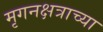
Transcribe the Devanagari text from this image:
मृगनक्षत्राच्या